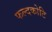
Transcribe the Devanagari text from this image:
फल्दकोटि